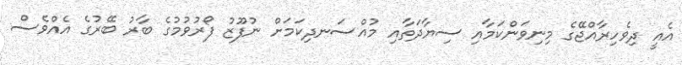
އެއީ ދިވެހިރާއްޖޭގެ މިނިވަންކަމާއި ސިޔާދަތާއި މުއްސަނދިކަމަށް ނުފޫޒު ފޯރުވުމުގެ ބާރު ބޭރުގެ އެއްވެސް